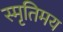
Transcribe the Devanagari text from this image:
स्मृतिमय